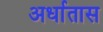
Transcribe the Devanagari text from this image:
अर्धातास